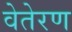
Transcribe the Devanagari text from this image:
वेतेरण